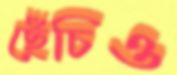
ছেঁচিও